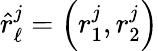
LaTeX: \hat{r}_{\ell}^{j}=\left(r_{1}^{j},r_{2}^{j}\right)